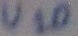
Text: U10